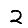
Digit: 2